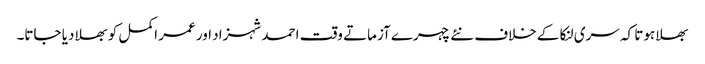
بھلا ہوتا کہ سری لنکا کے خلاف نئے چہرے آزماتے وقت احمد شہزاد اور عمر اکمل کو بھلا دیا جاتا۔